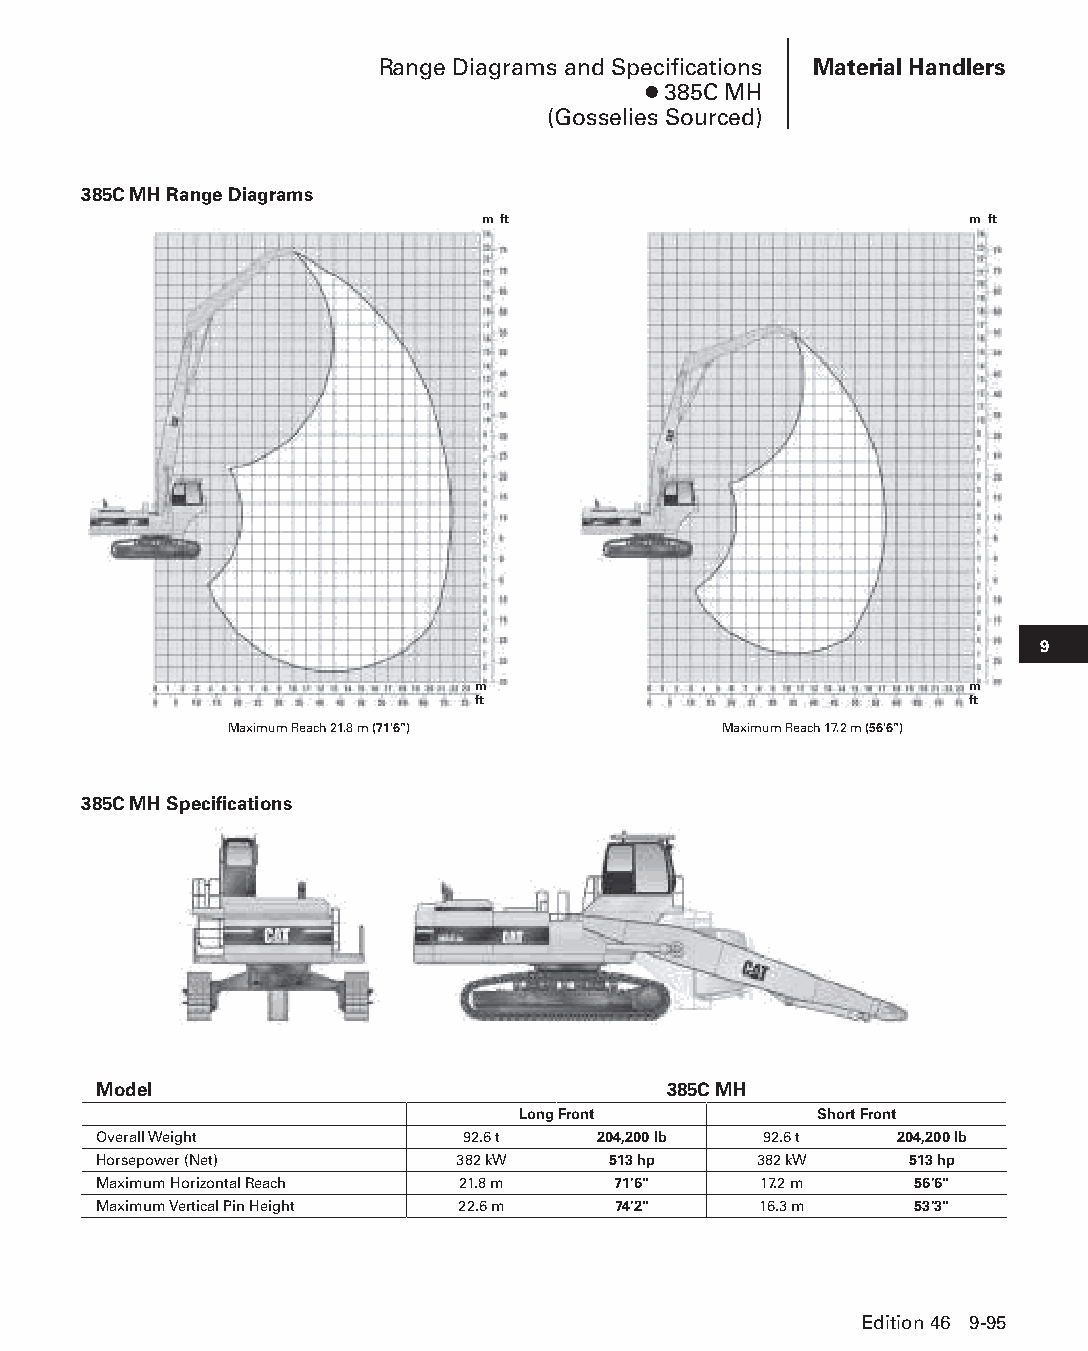
Range Diagrams and Specifications Material Handlers
 ● 385C MH
 (Gosselies Sourced)
 385C MH Range Diagrams
 m ft                             m ft
 9
 m                                m
 ft                               ft
 Maximum Reach 21.8 m (71'6")     Maximum Reach 17.2 m (56'6")
 385C MH Specifications
 Model                                385C MH
 Long Front         Short Front
 Overall Weight          92.6 t   204,200 lb 92.6 t   204,200 lb
 Horsepower (Net)        382 kW    513 hp   382 kW     513 hp
 Maximum Horizontal Reach 21.8 m   71'6"     17.2 m    56'6"
 Maximum Vertical Pin Height 22.6 m 74'2"    16.3 m    53'3"
 Edition 46 9-95
 PPHHBB--SSeecc0099--1166..iinndddd 9955                        1122//44//1155 1100::4422 AAMM